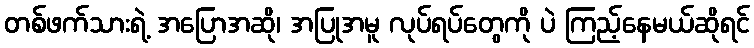
တစ်ဖက်သားရဲ့ အပြောအဆို၊ အပြုအမူ လုပ်ရပ်တွေကို ပဲ ကြည့်နေမယ်ဆိုရင်